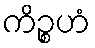
ကိဉ္စဟံ